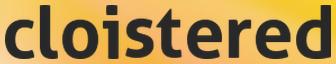
cloistered